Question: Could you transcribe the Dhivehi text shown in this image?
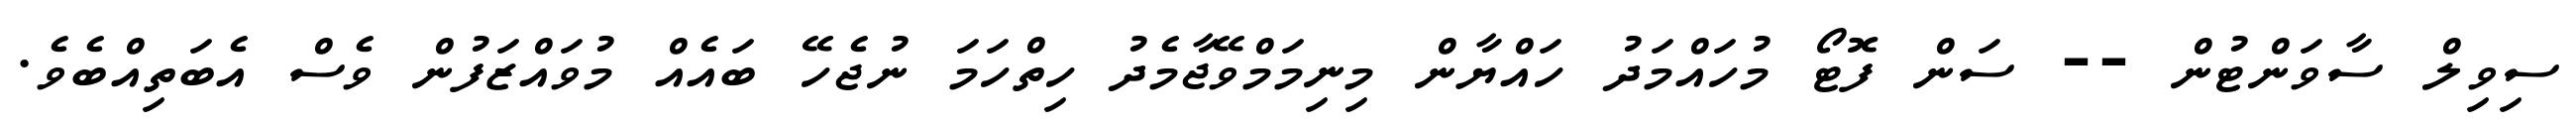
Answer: ސިވިލް ސާވަންޓުން -- ސަން ފޮޓޯ މުހައްމަދު ހައްޔާން މިނިމަމްވޭޖާމެދު ހިތްހަމަ ނުޖެހޭ ބައެއް މުވައްޒަފުން ވެސް އެބަތިއްބެވެ.